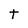
Character: t